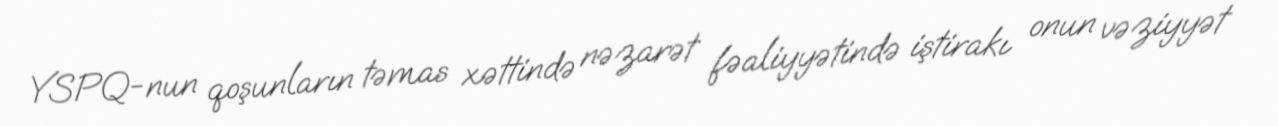
YSPQ-nun qoşunların təmas xəttində nəzarət fəaliyyətində iştirakı onun vəziyyət